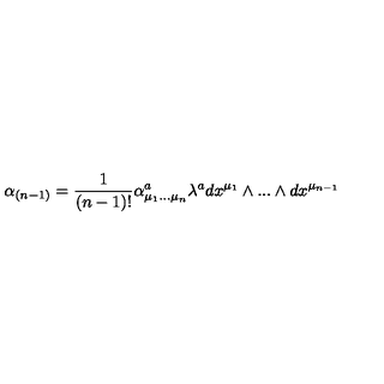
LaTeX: \alpha _ { ( n - 1 ) } = { \frac { 1 } { ( n - 1 ) ! } } \alpha _ { \mu _ { 1 } . . . \mu _ { n } } ^ { a } \lambda ^ { a } d x ^ { \mu _ { 1 } } \wedge . . . \wedge d x ^ { \mu _ { n - 1 } }